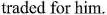
traded for him.